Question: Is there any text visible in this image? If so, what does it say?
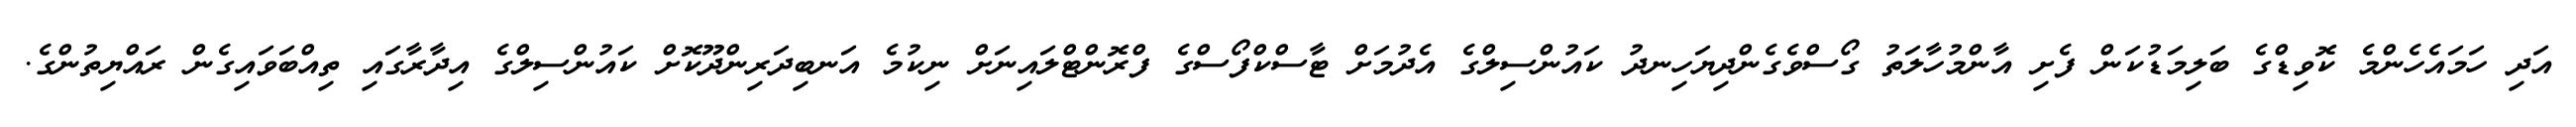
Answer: އަދި ހަމައެހެންމެ ކޮވިޑްގެ ބަލިމަޑުކަން ފެށި އާންމުހާލަތު ގޯސްވެގެންދިޔަހިނދު ކައުންސިލްގެ އެދުމަށް ޓާސްކްފޯސްގެ ފްރޮންޓްލައިނަށް ނިކުމެ އަނބިދަރިންދޫކޮށް ކައުންސިލްގެ އިދާރާގައި ތިއްބަވައިގެން ރައްޔިތުންގެ.